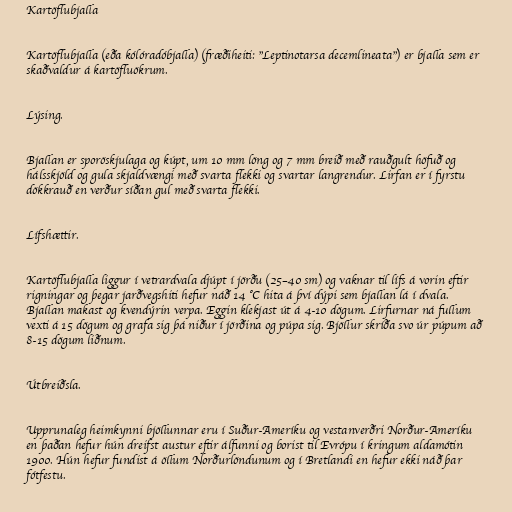
Kartöflubjalla

Kartöflubjalla (eða kólóradóbjalla) (fræðiheiti: "Leptinotarsa decemlineata") er bjalla sem er
skaðvaldur á kartöfluökrum.

Lýsing.

Bjallan er sporöskjulaga og kúpt, um 10 mm löng og 7 mm breið með rauðgult höfuð og
hálsskjöld og gula skjaldvængi með svarta flekki og svartar langrendur. Lirfan er í fyrstu
dökkrauð en verður síðan gul með svarta flekki.

Lífshættir.

Kartöflubjalla liggur í vetrardvala djúpt í jörðu (25–40 sm) og vaknar til lífs á vorin eftir
rigningar og þegar jarðvegshiti hefur náð 14 °C hita á því dýpi sem bjallan lá í dvala.
Bjallan makast og kvendýrin verpa. Eggin klekjast út á 4-10 dögum. Lirfurnar ná fullum
vexti á 15 dögum og grafa sig þá niður í jörðina og púpa sig. Bjöllur skríða svo úr púpum að
8-15 dögum liðnum.

Útbreiðsla.

Upprunaleg heimkynni bjöllunnar eru í Suður-Ameríku og vestanverðri Norður-Ameríku
en þaðan hefur hún dreifst austur eftir álfunni og borist til Evrópu í kringum aldamótin
1900. Hún hefur fundist á öllum Norðurlöndunum og í Bretlandi en hefur ekki náð þar
fótfestu.